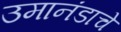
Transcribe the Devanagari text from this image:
उमानंडाचे